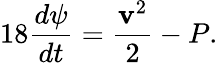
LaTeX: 18{\frac{d\psi}{dt}}={\frac{{\mathbf v}^{2}}{2}}-P.